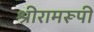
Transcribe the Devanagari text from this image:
श्रीरामरूपी